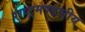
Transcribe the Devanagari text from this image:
राष्‍ट्रमण्‍डलीय